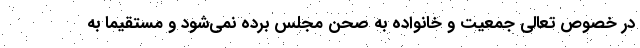
در خصوص تعالی جمعیت و خانواده به صحن مجلس برده نمی‌شود و مستقیما به